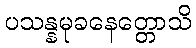
ပသန္နမုခနေတ္တောသိ